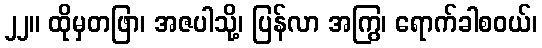
၂၂။ ထိုမှတဖြာ၊ အဇပါသို့၊ ပြန်လာ အကြွ၊ ရောက်ခါစဝယ်၊